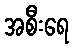
အစီးရေ